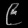
Digit: ၉